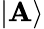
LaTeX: |\mathbf{A}\rangle